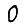
Digit: 0